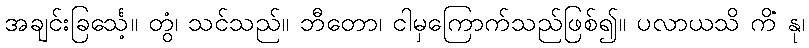
အချင်းခြင်္သေ့။ တွံ၊ သင်သည်။ ဘီတော၊ ငါမှကြောက်သည်ဖြစ်၍။ ပလာယသိ ကိံ နု၊